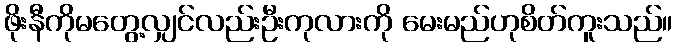
ဖိုးနီကိုမတွေ့လျှင်လည်းဦးကုလားကို မေးမည်ဟုစိတ်ကူးသည်။